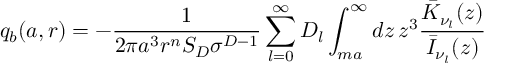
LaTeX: q _ { b } ( a , r ) = - \frac { 1 } { 2 \pi a ^ { 3 } r ^ { n } S _ { D } \sigma ^ { D - 1 } } \sum _ { l = 0 } ^ { \infty } D _ { l } \int _ { m a } ^ { \infty } d z \, z ^ { 3 } \frac { \bar { K } _ { \nu _ { l } } ( z ) } { \bar { I } _ { \nu _ { l } } ( z ) }